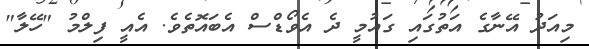
މިއަދު އޭނާގެ އަތުގައި ގައުމީ ދެ އެވޯޑްސް އެބައޮތެވެ. އެއީ ފިލްމު "ހޭލާ"